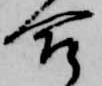
合